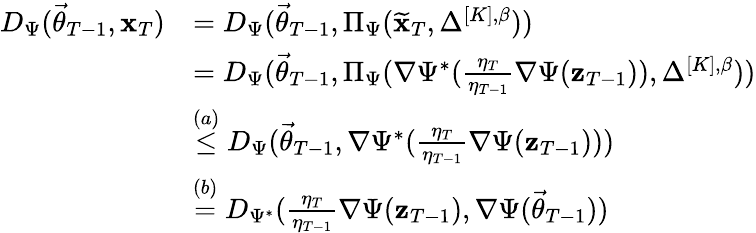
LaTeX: \begin{array}{rl}{D_{\Psi}(\vec{\theta}_{T-1},\mathbf x_{T})}&{=D_{\Psi}(\vec{\theta}_{T-1},\Pi_{\Psi}(\widetilde{\mathbf x}_{T},\Delta^{[K],\beta}))}\\ &{=D_{\Psi}(\vec{\theta}_{T-1},\Pi_{\Psi}(\nabla\Psi^{*}(\frac{\eta_{T}}{\eta_{T-1}}\nabla\Psi(\mathbf z_{T-1})),\Delta^{[K],\beta}))}\\ &{\stackrel{(a)}\le D_{\Psi}(\vec{\theta}_{T-1},\nabla\Psi^{*}(\frac{\eta_{T}}{\eta_{T-1}}\nabla\Psi(\mathbf z_{T-1})))}\\ &{\stackrel{(b)}=D_{\Psi^{*}}(\frac{\eta_{T}}{\eta_{T-1}}\nabla\Psi(\mathbf z_{T-1}),\nabla\Psi(\vec{\theta}_{T-1}))}\end{array}